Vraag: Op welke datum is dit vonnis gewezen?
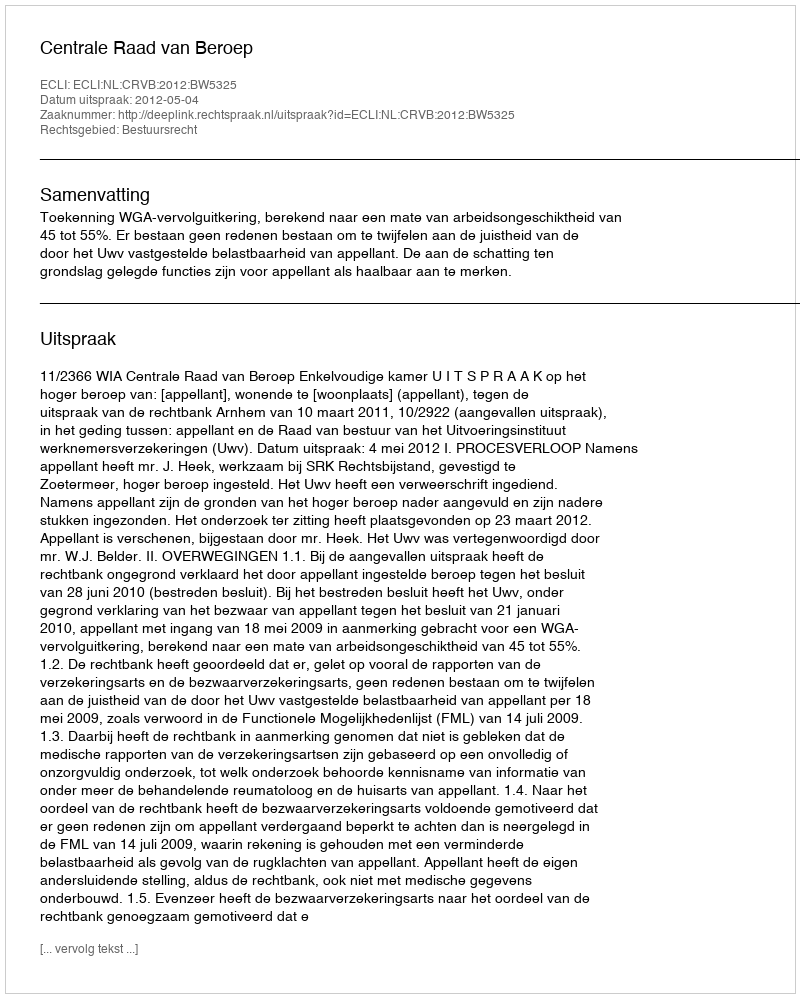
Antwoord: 2012-05-04